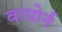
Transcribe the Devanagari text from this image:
वाघोर्न